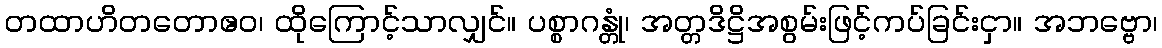
တထာဟိတတောဧဝ၊ ထိုကြောင့်သာလျှင်။ ပစ္စာဂန္တုံ၊ အတ္တဒိဋ္ဌိအစွမ်းဖြင့်ကပ်ခြင်းငှာ။ အဘဗ္ဗော၊